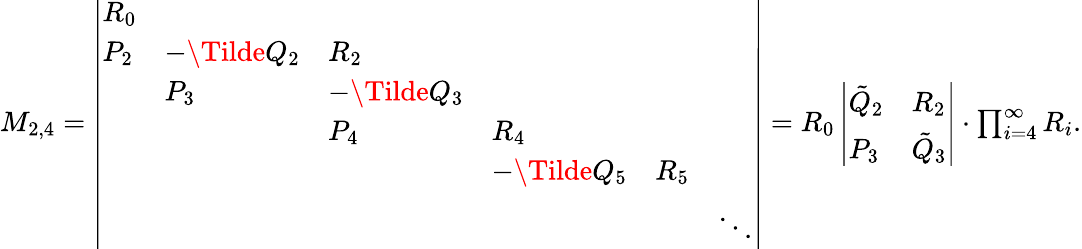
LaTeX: \begin{array}{r}{M_{2,4}=\left|\begin{array}{llllll}{R_{0}}&&&&&\\ {P_{2}}&{-\Tilde{Q}_{2}}&{R_{2}}&&&\\ &{P_{3}}&{-\Tilde{Q}_{3}}&&&\\ &&{P_{4}}&{R_{4}}&&\\ &&&{-\Tilde{Q}_{5}}&{R_{5}}&\\ &&&&&{\ddots}\end{array}\right|=R_{0}\left|\begin{array}{ll}{\tilde{Q}_{2}}&{R_{2}}\\ {P_{3}}&{\tilde{Q}_{3}}\end{array}\right|\cdot\prod_{i=4}^{\infty}R_{i}.}\end{array}